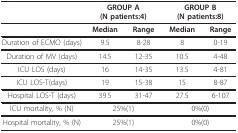
|  | <COLSPAN=2> GROUP A (N patients:4) | <COLSPAN=2> GROUP B (N patients:8) |
 | --- | --- | --- | --- | --- |
 |  | Median | Range | Median | Range |
 | Duration of ECMO (days) | 9.5 | 8-28 | 8 | 0-19 |
 | Duration of MV (days) | 14.5 | 12-35 | 10.5 | 4-48 |
 | ICU LOS (days) | 16 | 14-35 | 13.5 | 4-81 |
 | ICU LOS-T(days) | 19 | 15-38 | 15 | 8-87 |
 | Hospital LOS-T (days) | 39.5 | 31-47 | 27.5 | 6-107 |
 | ICU mortality, % (N) | <COLSPAN=2> 25%(1) | <COLSPAN=2> 0%(0) |
 | Hospital mortality, % (N) | <COLSPAN=2> 25%(1) | <COLSPAN=2> 0%(0) |